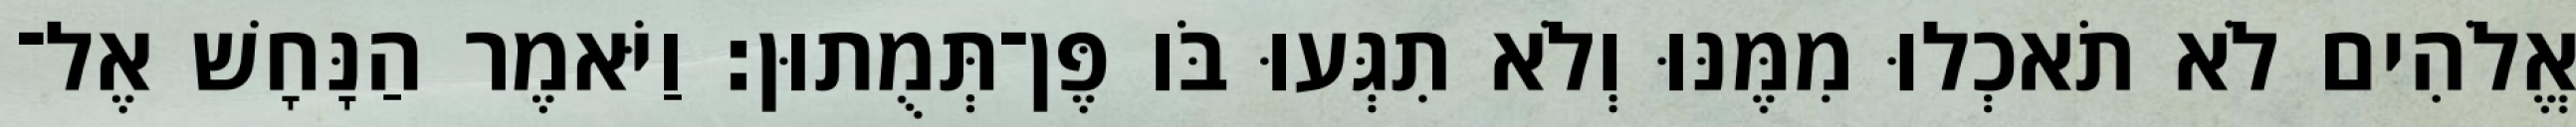
אֱלֹהִים לֹא תֹאכְלוּ מִמֶּנּוּ וְלֹא תִגְּעוּ בֹּו פֶּן־תְּמֻתוּן׃ וַיֹּאמֶר הַנָּחָשׁ אֶל־